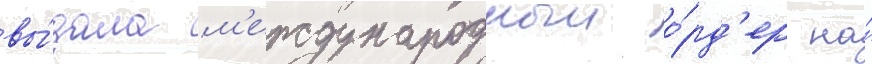
вы́дала м'еждународныи о́рд'ер на́